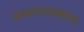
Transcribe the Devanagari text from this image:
संस्थाचालकांना